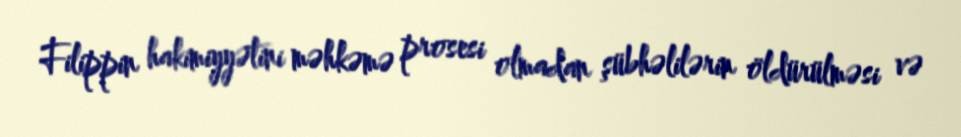
Filippin hakimiyyətini məhkəmə prosesi olmadan şübhəlilərin öldürülməsi və